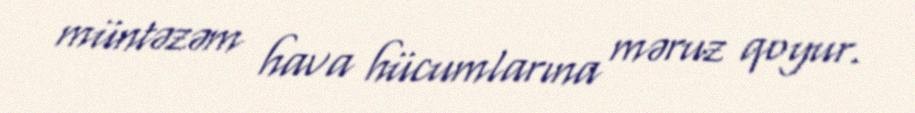
müntəzəm hava hücumlarına məruz qoyur.